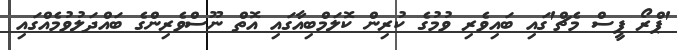
'ޕްރޯ ޕީސް މެޗް'ގައި ބައިވެރި ވުމުގެ ކުރިން ކޮލަމްބިއާގައި އޮތް ނޫސްވެރިންގެ ބައްދަލުވުމެއްގައި